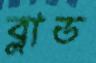
ব্লাড